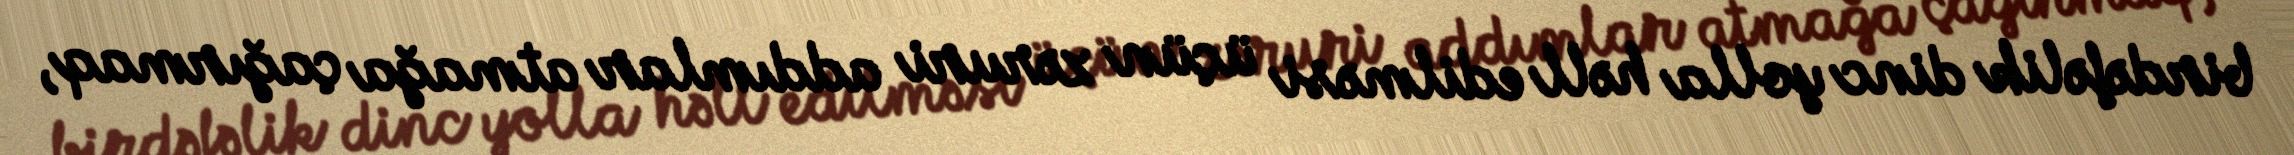
birdəfəlik dinc yolla həll edilməsi üçün zəruri addımlar atmağa çağırmaq,